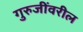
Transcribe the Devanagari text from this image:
गुरुजींवरील